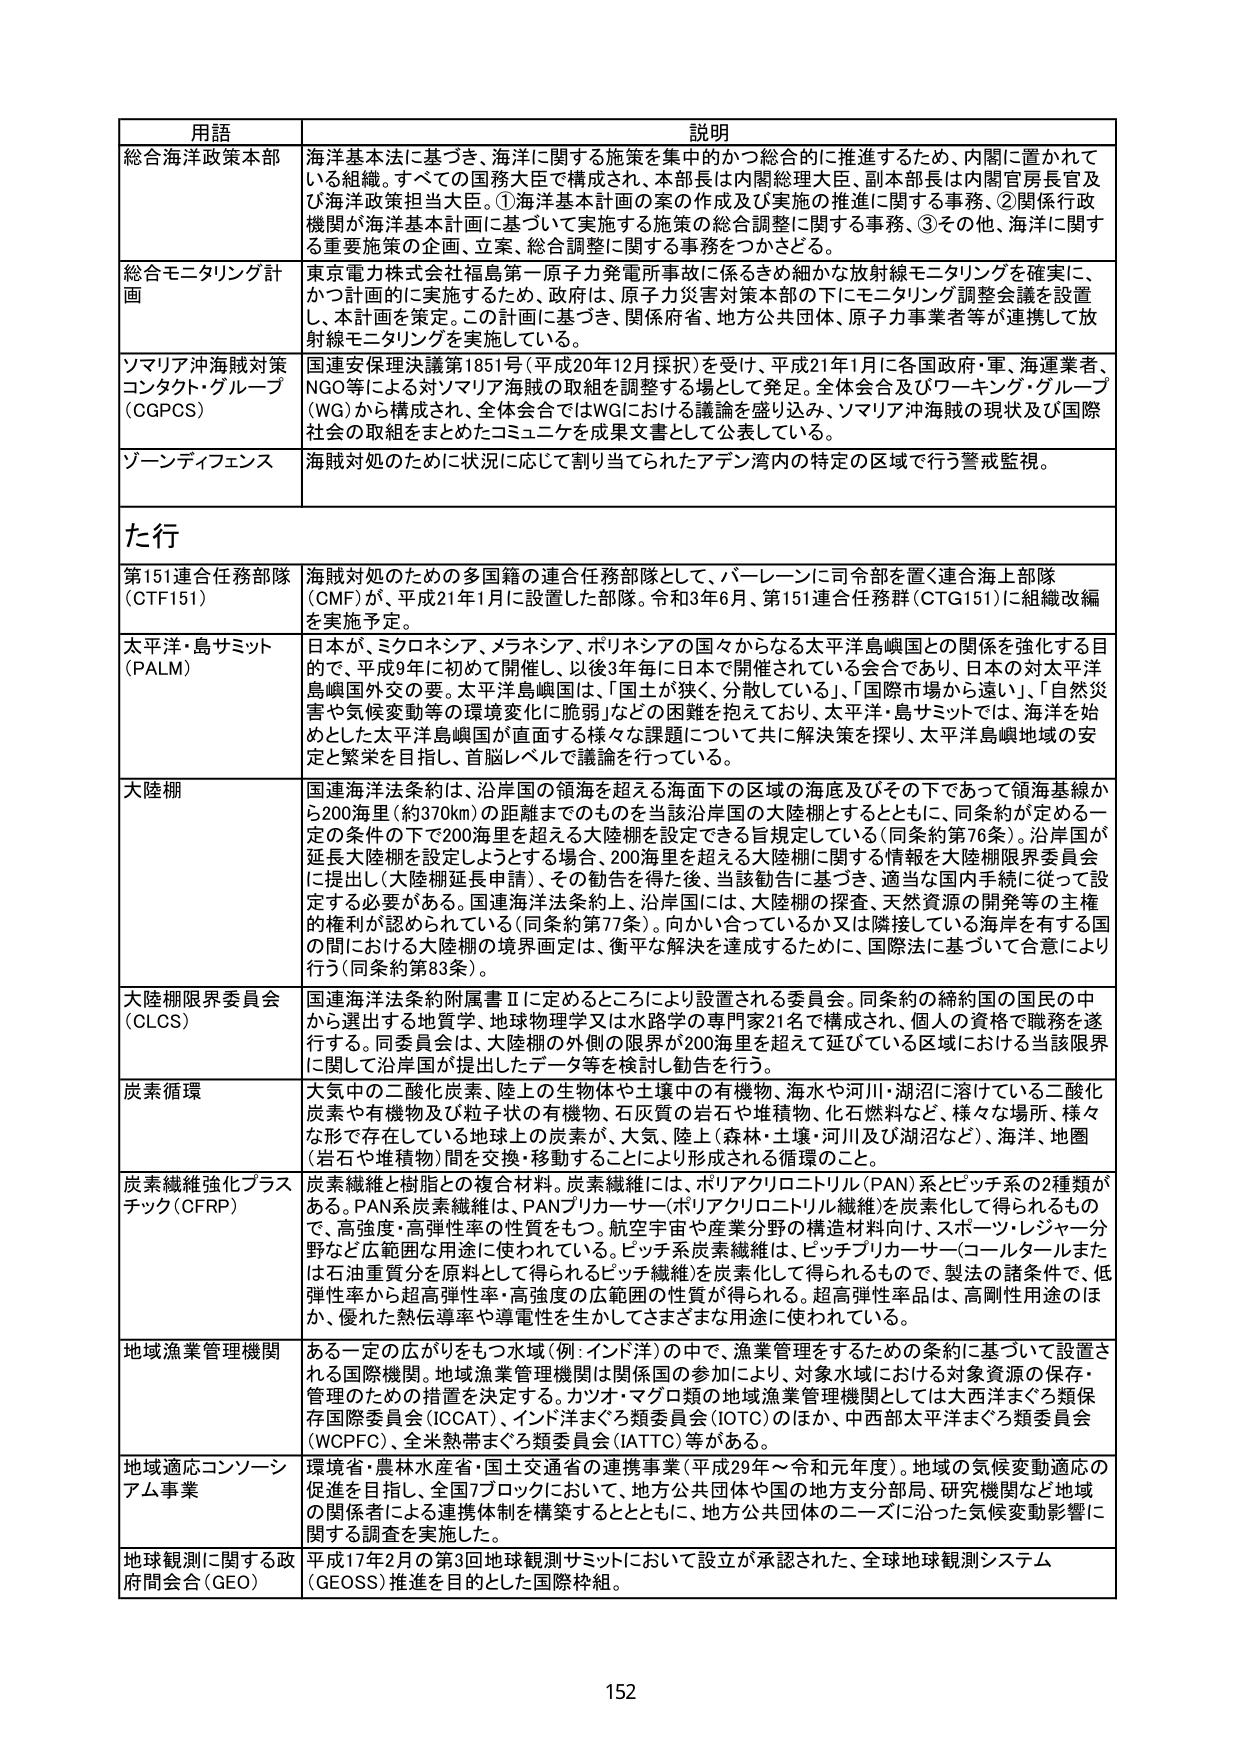
用語 説明
総合海洋政策本部 海洋基本法に基づき、海洋に関する施策を集中的かつ総合的に推進するため、内閣に置かれている組織。すべての国務大臣で構成され、本部長は内閣総理大臣、副本部長は内閣官房長官及び海洋政策担当大臣。①海洋基本計画の案の作成及び実施の推進に関する事務、②関係行政機関が海洋基本計画に基づいて実施する施策の総合調整に関する事務、③その他、海洋に関する重要施策の企画、立案、総合調整に関する事務をつかさどる。
総合モニタリング計画 東京電力株式会社福島第一原子力発電所事故に係るきめ細かな放射線モニタリングを確実に、かつ計画的に実施するため、政府は、原子力災害対策本部の下にモニタリング調整会議を設置し、本計画を策定。この計画に基づき、関係府省、地方公共団体、原子力事業者等が連携して放射線モニタリングを実施している。
ソマリア沖海賊対策コンタクト・グループ（OGPCS） 国連安保理決議第1851号（平成20年12月採択）を受け、平成21年1月に各国政府・軍、海運業者、NGO等による対ソマリア海賊の取組を調整する場として発足。全体会合及びワーキング・グループ（WG）から構成され、全体会合ではWGにおける議論を盛り込み、ソマリア沖海賊の現状及び国際社会の取組をまとめたコミュニケを成果文書として公表している。
ゾーンディフェンス 海賊対処のために状況に応じて割り当てられたアデン湾内の特定の区域で行う警戒監視。
た行
第151連合任務部隊（CTF151） 海賊対処のための多国籍の連合任務部隊として、バーレーンに司令部を置く連合海上部隊（CMF）が、平成21年1月に設置した部隊。令和3年6月、第151連合任務群（CTG151）に組織改編を実施予定。
太平洋・島サミット（PALM） 日本が、ミクロネシア、メラネシア、ポリネシアの国々からなる太平洋島嶼国との関係を強化する目的で、平成9年に初めて開催し、以後3年毎に日本で開催されている会合であり、日本の対太平洋島嶼国外交の要。太平洋島嶼国は、「国土が狭く、分散している」、「国際市場から遠い」、「自然災害や気候変動等の環境変化に脆弱」などの困難を抱えており、太平洋・島サミットでは、海洋を始めとした太平洋島嶼国が直面する様々な課題について共に解決策を探り、太平洋島嶼地域の安定と繁栄を目指し、首脳レベルで議論を行っている。
大陸棚 国連海洋法条約は、沿岸国の領海を超える海面下の区域の海底及びその下であって領海基線から200海里（約370km）の距離までのものを当該沿岸国の大陸棚とするとともに、同条約が定める一定の条件の下で200海里を超える大陸棚を設定できる旨規定している（同条約第76条）。沿岸国が延長大陸棚を設定しようとする場合、200海里を超える大陸棚に関する情報を大陸棚限界委員会に提出し（大陸棚延長申請）、その勧告を得た後、当該勧告に基づき、適当な国内手続に従って設定する必要がある。国連海洋法条約上、沿岸国には、大陸棚の探査、天然資源の開発等の主権的権利が認められている（同条約第77条）。向かい合っているか又は隣接している海岸を有する国の間における大陸棚の境界画定は、衡平な解決を達成するために、国際法に基づいて合意により行う（同条約第83条）。
大陸棚限界委員会（CLCS） 国連海洋法条約附属書Ⅱに定めるところにより設置される委員会。同条約の締約国の国民の中から選出される地質学、地球物理学又は水路学の専門家21名で構成され、個人の資格で職務を遂行する。同委員会は、大陸棚の外側の限界が200海里を超えて延びている区域における当該限界に関して沿岸国が提出したデータ等を検討し勧告を行う。
炭素循環 大気中の二酸化炭素、陸上の生物体や土壌中の有機物、海水や河川・湖沼に溶けている二酸化炭素や有機物及び粒子状の有機物、石灰質の岩石や堆積物、化石燃料など、様々な場所、様々な形で存在している地球上の炭素が、大気、陸上（森林・土壌・河川及び湖沼など）、海洋、地圏（岩石や堆積物）間を交換・移動することにより形成される循環のこと。
炭素繊維強化プラスチック（CFRP） 炭素繊維と樹脂との複合材料。炭素繊維には、ポリアクリロニトリル（PAN）系とピッチ系の2種類がある。PAN系炭素繊維は、PANプリカーサー（ポリアクリロニトリル繊維）を炭素化して得られるもので、高強度・高弾性率の性質をもつ。航空宇宙や産業分野の構造材料向け、スポーツ・レジャー分野など広範囲な用途に使われている。ピッチ系炭素繊維は、ピッチプリカーサー（コールタールまたは石油重質分を原料として得られるピッチ繊維）を炭素化して得られるもので、製法の諸条件で、低弾性率から超高弾性率・高強度の広範囲の性質が得られる。超高弾性率品は、高剛性用途のほか、優れた熱伝導率や導電性を生かしてさまざまな用途に使われている。
地域漁業管理機関 ある一定の広がりをもつ水域（例：インド洋）の中で、漁業管理をするための条約に基づいて設置される国際機関。地域漁業管理機関は関係国の参加により、対象水域における対象資源の保存・管理のための措置を決定する。カツオ・マグロ類の地域漁業管理機関としては大西洋まぐろ類保存国際委員会（ICCAT）、インド洋まぐろ類委員会（IOTC）のほか、中西部太平洋まぐろ類委員会（WCPFC）、全米熱帯まぐろ類委員会（IATTC）等がある。
地域適応コンソーシアム事業 環境省・農林水産省・国土交通省の連携事業（平成29年～令和元年度）。地域の気候変動適応の促進を目指し、全国7ブロックにおいて、地方公共団体や国の地方支分部局、研究機関など地域の関係者による連携体制を構築するとともに、地方公共団体のニーズに沿った気候変動影響に関する調査を実施した。
地球観測に関する政府間会合（GEO） 平成17年2月の第3回地球観測サミットにおいて設立が承認された、全球地球観測システム（GEOSS）推進を目的とした国際枠組。
152